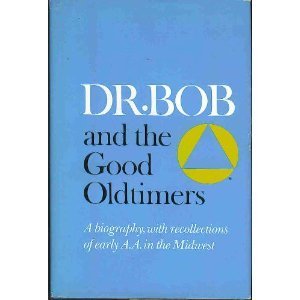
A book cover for Dr. Bob and the Good Oldtimers; Alcoholics Anonymous; Health, Fitness & Dieting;